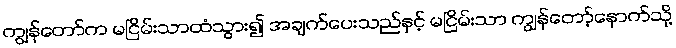
ကျွန်တော်က မငြိမ်းသာထံသွား၍ အချက်ပေးသည်နှင့် မငြိမ်းသာ ကျွန်တော့်နောက်သို့